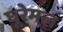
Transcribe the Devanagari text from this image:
घूरेमल